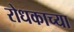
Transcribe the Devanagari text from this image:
रोधकाच्या